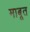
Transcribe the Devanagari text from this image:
माबूत